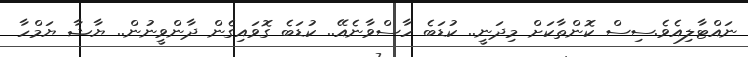
ނައްޓާލިއެވެ.ސިސް ކޮންތާކަށް މިދަނީ.. ކުޑަބެ ހާސްވާނެއޭ.. ކުޑަބެ ގޮވައިގެން ދާންވީނުން.. ޔާޝާ ޔަމްހާ